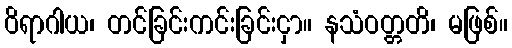
ဝိရာဂါယ၊ တင်ခြင်းကင်းခြင်းငှာ။ နသံဝတ္တတိ၊ မဖြစ်။